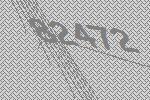
82472